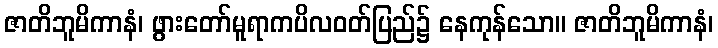
ဇာတိဘူမိကာနံ၊ ဖွားတော်မူရာကပိလဝတ်ပြည်၌ နေကုန်သော။ ဇာတိဘူမိကာနံ၊